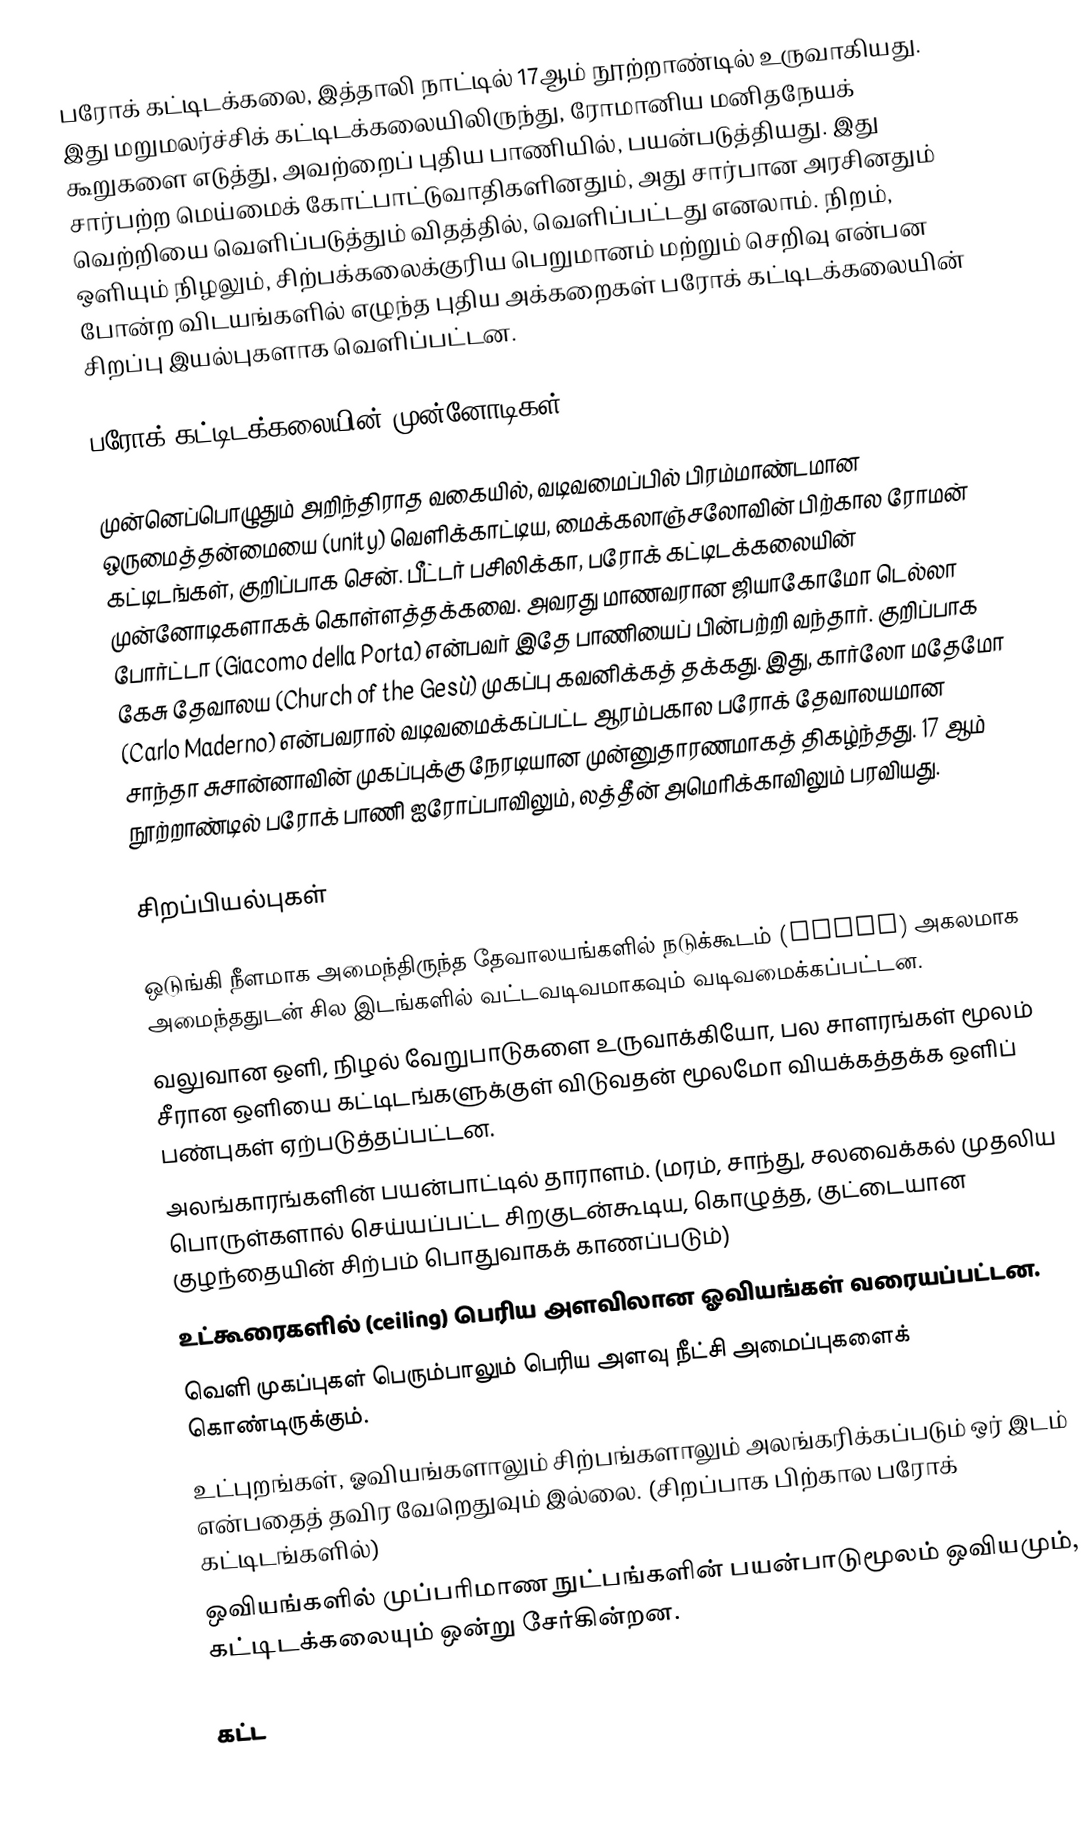
பரோக் கட்டிடக்கலை, இத்தாலி நாட்டில் 17ஆம் நூற்றாண்டில் உருவாகியது. இது மறுமலர்ச்சிக் கட்டிடக்கலையிலிருந்து, ரோமானிய மனிதநேயக் கூறுகளை எடுத்து, அவற்றைப் புதிய பாணியில், பயன்படுத்தியது.  இது சார்பற்ற மெய்மைக் கோட்பாட்டுவாதிகளினதும், அது சார்பான அரசினதும் வெற்றியை வெளிப்படுத்தும் விதத்தில், வெளிப்பட்டது எனலாம். நிறம், ஒளியும் நிழலும், சிற்பக்கலைக்குரிய பெறுமானம் மற்றும் செறிவு என்பன போன்ற விடயங்களில் எழுந்த புதிய அக்கறைகள் பரோக் கட்டிடக்கலையின் சிறப்பு இயல்புகளாக வெளிப்பட்டன.

பரோக் கட்டிடக்கலையின் முன்னோடிகள்

முன்னெப்பொழுதும் அறிந்திராத வகையில், வடிவமைப்பில் பிரம்மாண்டமான ஒருமைத்தன்மையை (unity) வெளிக்காட்டிய, மைக்கலாஞ்சலோவின் பிற்கால ரோமன் கட்டிடங்கள், குறிப்பாக சென். பீட்டர் பசிலிக்கா, பரோக் கட்டிடக்கலையின் முன்னோடிகளாகக் கொள்ளத்தக்கவை. அவரது மாணவரான ஜியாகோமோ டெல்லா போர்ட்டா (Giacomo della Porta) என்பவர் இதே பாணியைப் பின்பற்றி வந்தார். குறிப்பாக கேசு தேவாலய (Church of the Gesù) முகப்பு கவனிக்கத் தக்கது. இது, கார்லோ மதேமோ (Carlo Maderno) என்பவரால் வடிவமைக்கப்பட்ட ஆரம்பகால பரோக் தேவாலயமான சாந்தா சுசான்னாவின் முகப்புக்கு நேரடியான முன்னுதாரணமாகத் திகழ்ந்தது. 17 ஆம் நூற்றாண்டில் பரோக் பாணி ஐரோப்பாவிலும், லத்தீன் அமெரிக்காவிலும் பரவியது.

சிறப்பியல்புகள்

 ஒடுங்கி நீளமாக அமைந்திருந்த தேவாலயங்களில் நடுக்கூடம் (naves) அகலமாக அமைந்ததுடன் சில இடங்களில் வட்டவடிவமாகவும் வடிவமைக்கப்பட்டன.
 வலுவான ஒளி, நிழல் வேறுபாடுகளை உருவாக்கியோ, பல சாளரங்கள் மூலம் சீரான ஒளியை கட்டிடங்களுக்குள் விடுவதன் மூலமோ வியக்கத்தக்க ஒளிப் பண்புகள் ஏற்படுத்தப்பட்டன.
 அலங்காரங்களின் பயன்பாட்டில் தாராளம். (மரம், சாந்து, சலவைக்கல் முதலிய பொருள்களால் செய்யப்பட்ட சிறகுடன்கூடிய, கொழுத்த, குட்டையான குழந்தையின் சிற்பம் பொதுவாகக் காணப்படும்)
 உட்கூரைகளில் (ceiling) பெரிய அளவிலான ஓவியங்கள் வரையப்பட்டன.
 வெளி முகப்புகள் பெரும்பாலும் பெரிய அளவு நீட்சி அமைப்புகளைக் கொண்டிருக்கும்.
 உட்புறங்கள், ஓவியங்களாலும் சிற்பங்களாலும் அலங்கரிக்கப்படும் ஒர் இடம் என்பதைத் தவிர வேறெதுவும் இல்லை. (சிறப்பாக பிற்கால பரோக் கட்டிடங்களில்)
 ஒவியங்களில் முப்பரிமாண நுட்பங்களின் பயன்பாடுமூலம் ஒவியமும், கட்டிடக்கலையும் ஒன்று சேர்கின்றன.

கட்ட